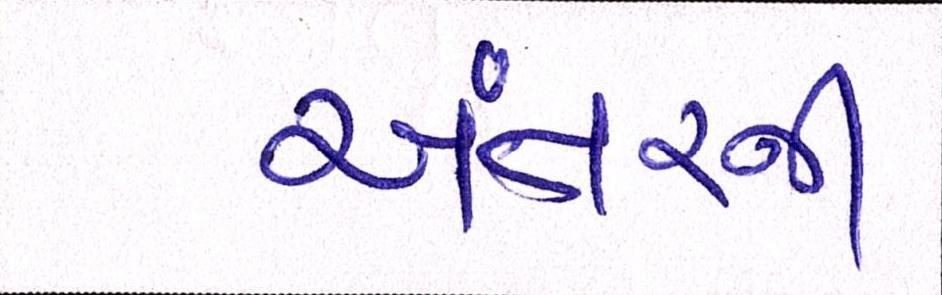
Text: અંતરની